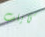
كايلب